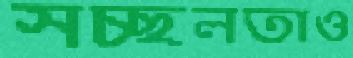
সচ্ছলতাও